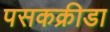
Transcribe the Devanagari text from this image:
पसकक्रीडा